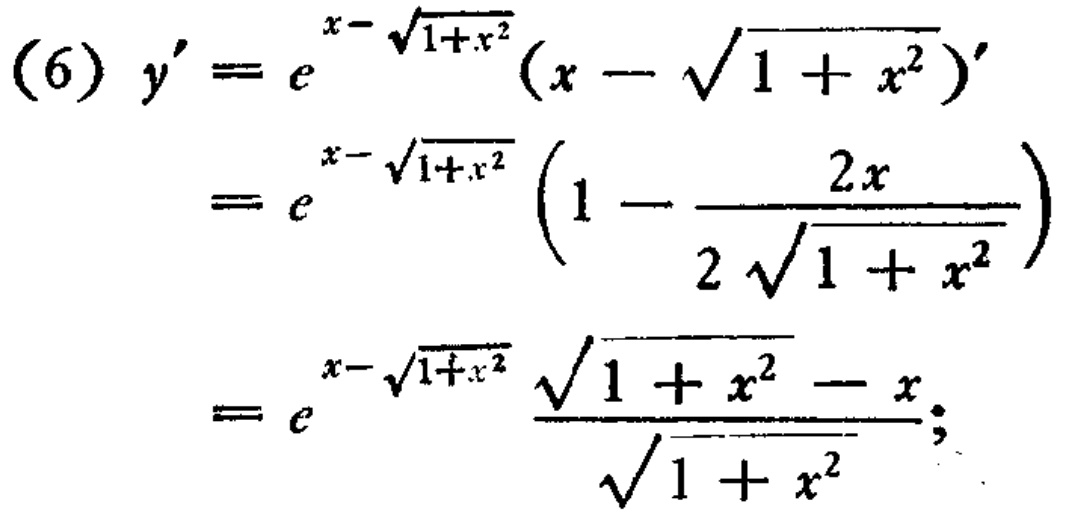
\begin{align*}
(6)\ y'&=e^{x - \sqrt{1 + x^{2}}}(x - \sqrt{1 + x^{2}})'\\
&=e^{x - \sqrt{1 + x^{2}}}\left(1 - \frac{2x}{2\sqrt{1 + x^{2}}}\right)\\
&=e^{x - \sqrt{1 + x^{2}}}\frac{\sqrt{1 + x^{2}} - x}{\sqrt{1 + x^{2}}};
\end{align*}